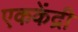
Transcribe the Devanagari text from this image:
एककेंद्री